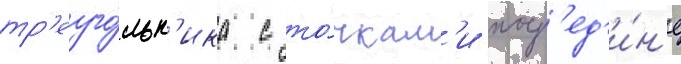
тр'еуго́льн'ика с то́чкам'и поср'ед'и́н'е